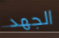
الجهد